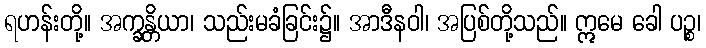
ရဟန်းတို့။ အက္ခန္တိယာ၊ သည်းမခံခြင်း၌။ အာဒီနဝါ၊ အပြစ်တို့သည်။ ဣမေ ခေါ ပဉ္စ၊